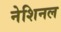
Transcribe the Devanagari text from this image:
नेशिनल